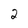
Character: 2